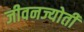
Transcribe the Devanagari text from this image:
जीवनज्योती